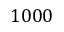
1 0 0 0